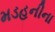
મડહનીના